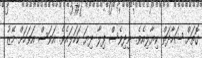
ގޮތަށް ޝަހާދަތް ކިޔާލިއެވެ. ނިދިވެސް ފިލާ ދިޔަ ކަހަލައެވެ. އަވަސް އަވަހަށް މޭޒު